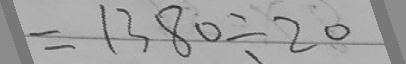
= 1 3 8 0 \div 2 0